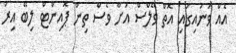
އެއް ވަނައިގައި އޮތް ވޭލްސް އަށް ވެސް ތިން ޕޮއިންޓް ލިބޭ އިރު